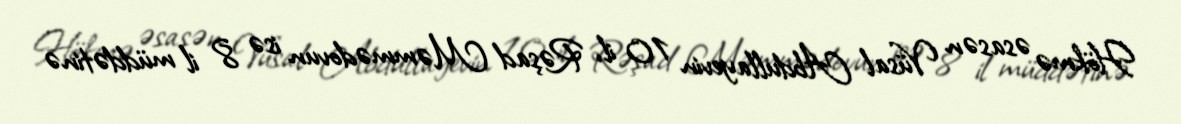
Hökmə əsasən Vüsal Abdullayevin 10 il, Rəşad Məmmədovun isə 8 il müddətinə